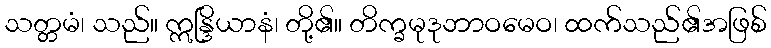
သတ္တမံ၊ သည်။ ဣန္ဒြိယာနံ၊ တို့၏။ တိက္ခမုဒုဘာဝမေဝ၊ ထက်သည်၏အဖြစ်